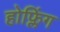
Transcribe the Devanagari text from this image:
होफ्लिंग